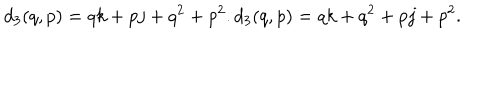
d _ { 3 } ( q , p ) = q k + p j + q ^ { 2 } + p ^ { 2 } . d _ { 3 } ( q , p ) = q k + q ^ { 2 } + p j + p ^ { 2 } .